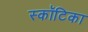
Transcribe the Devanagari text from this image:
स्कॉटिका